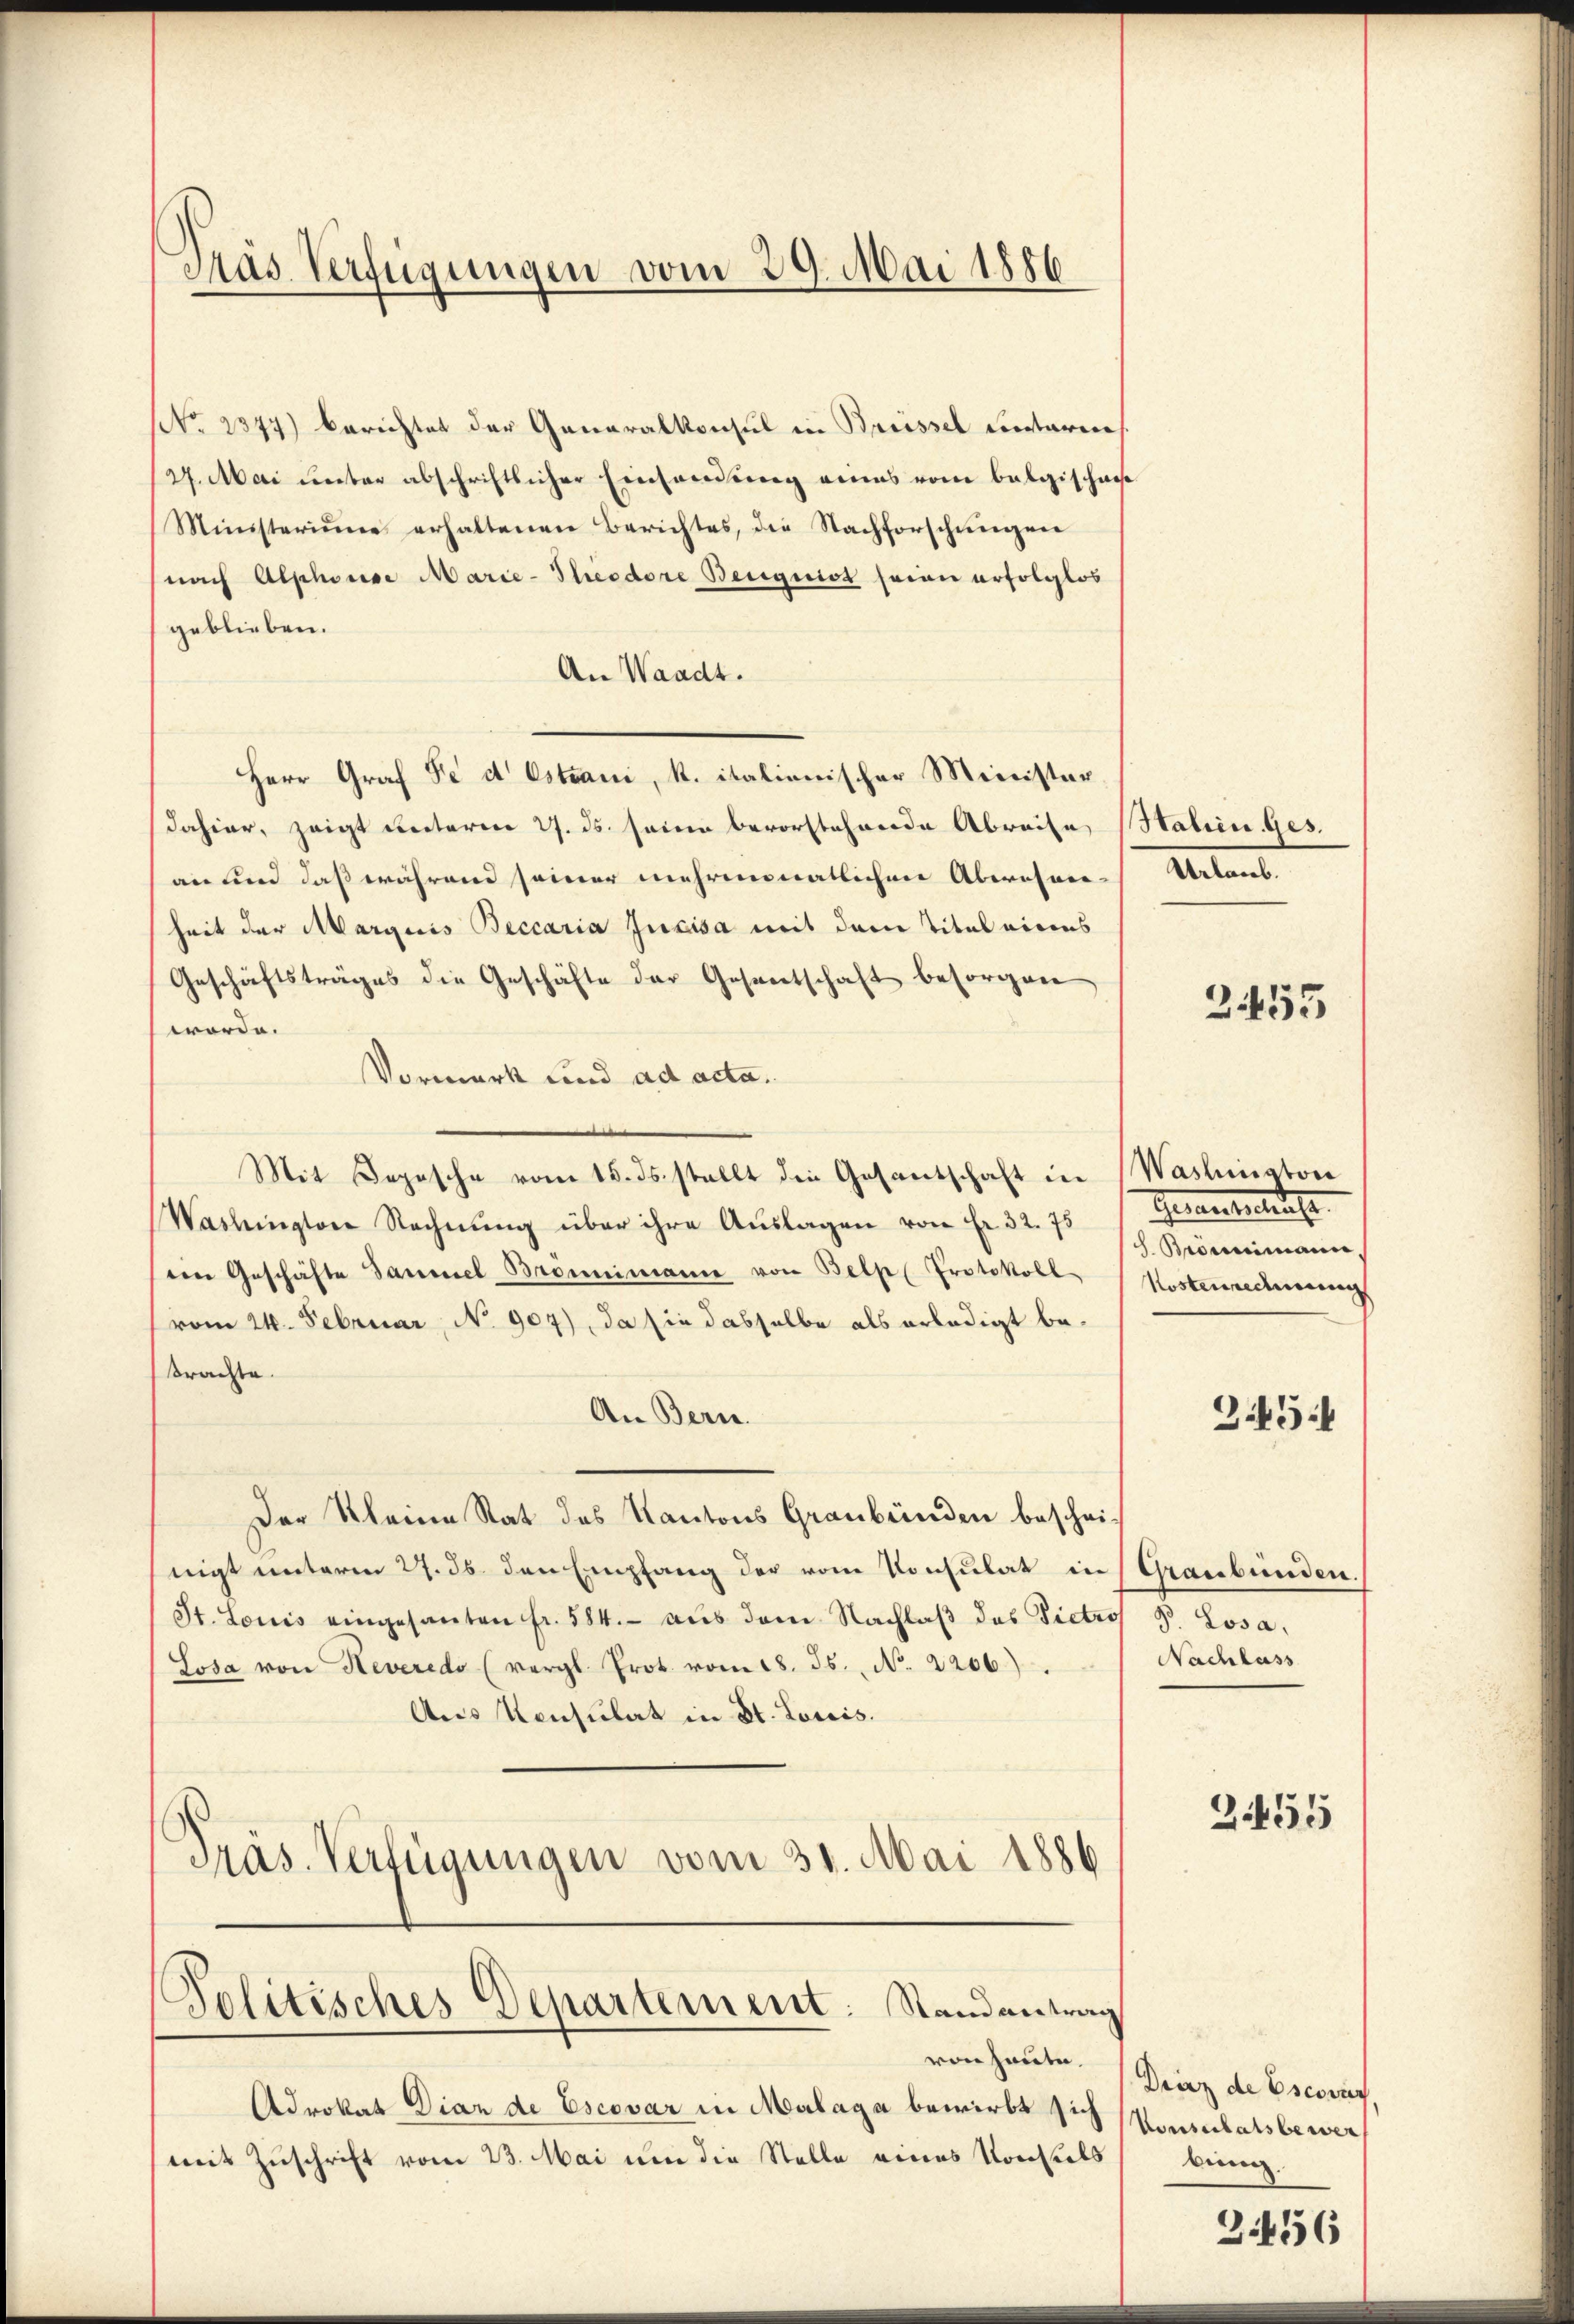
das Verfügungen vom 29. Mai 1886.

NNo. 2347) berichtet der Generalkonsul in Breissel unterrich
27. Mai unter abschriftlicher Einsendung eines vom Belgischause
Ministerium erhaltenen Berichtes, die Nachforschŭngen
nach Alphorise Marie-Theodore Beugnist seien erfolglos
geblieben.
An Waadt.
Herr Graf Fe d Estrani, K. italienischer Ministerdahier, zeigt unterm 27. ds. seine bevorstehende Abreise Haben. Ges.
an und daß während seiner mehrmonatlichen Aberosen-
heit der Margaris Beccaria Juxisa mit dem Titel eines
Geschäftstrages die Geschäfte der Gesentschaft besorgen
worde.
Vormerk und ad acta.
Mit Sopische vom 15. ds. stellt die Gesantschaft in Washington
Washington Rechnŭng über ihre Auslagen von Fr. 32. 75 (Gesantschaft
ten Geschäfte Sammel Brommanne von Belp (Protokoll Mostenrecherung
vom 24. Februar, No 907), da sie dasselbe als erledigt beprachte.
An Bern.
Der Kleine Rat des Kantons Graubünden bescheinigt unterm 27. ds. den Empfang der vom Konsulat in Graubünden.
St. Louis eingesanten fr. 584.- aus dem Nachlaß das Victros P. Losa,
Losa von Reveredo (vergl. Prot. vom 18. Js. No. 2206).
Ans Konsulat in St. Louis.
Präs. Verfügungen vom 31. Mai 1886

Adrokat Dian de Escovar in Malaga bewirbt sich
mit Zuschrift vom 23. Mai um die Stelle eines Konseils

Politisches Departement: Randantrag
von heute.

Malant

2455

S. Brömmimann

345.

Nachlass

255

Diaz de Escovic
Vouserbatsbewer
bung.

2456